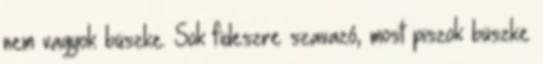
nem vagyok büszke. Sok fideszre szavazó, most piszok büszke